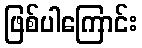
ဖြစ်ပါကြောင်း